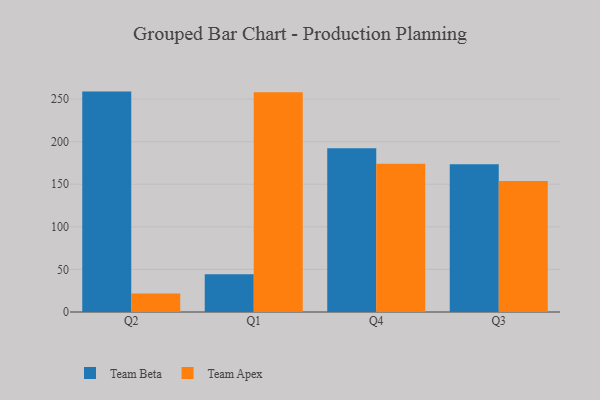
{"axis": {"x": "Quarter", "y": "Net Income (USD K)"}, "legend": ["Team Apex", "Team Beta"], "data": [{"x": "Q2", "y": 258.8, "type": "Team Beta"}, {"x": "Q2", "y": 21.7, "type": "Team Apex"}, {"x": "Q1", "y": 44.4, "type": "Team Beta"}, {"x": "Q1", "y": 258.0, "type": "Team Apex"}, {"x": "Q4", "y": 192.3, "type": "Team Beta"}, {"x": "Q4", "y": 174.2, "type": "Team Apex"}, {"x": "Q3", "y": 173.4, "type": "Team Beta"}, {"x": "Q3", "y": 153.9, "type": "Team Apex"}]}